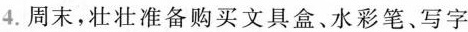
4.周末，壮壮准备购买文具盒、水彩笔、写字